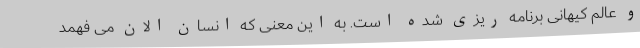
و عالم کیهانی برنامه ریزی شده است. به این معنی که انسان الان می فهمد